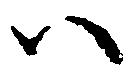
い